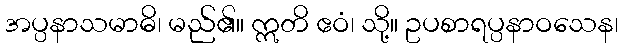
အပ္ပနာသမာဓိ၊ မည်၏။ ဣတိ ဧဝံ၊ သို့။ ဥပစာရပ္ပနာဝသေန၊